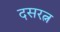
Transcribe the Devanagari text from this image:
दसरत्न